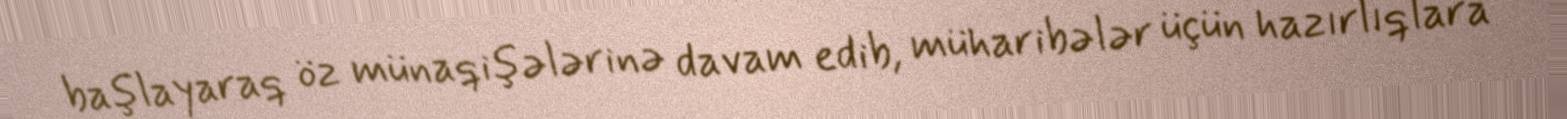
başlayaraq öz münaqişələrinə davam edib, müharibələr üçün hazırlıqlara